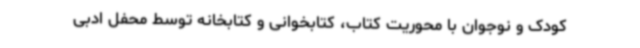
کودک و نوجوان با محوریت کتاب، کتابخوانی و کتابخانه توسط محفل ادبی